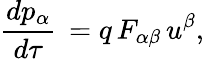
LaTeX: {\frac{dp_{\alpha}}{d\tau}}\, =q\, F_{\alpha\beta}\, u^{\beta},